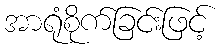
အာရုံစိုက်ခြင်းဖြင့်